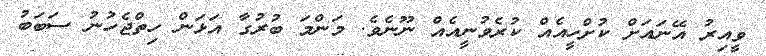
ވީއިރު އޭނައަށް ކުށްހީއެއް ކުރެވުނީއެއް ނޫނެވެ. މަންމަ ބުރުގާ އަޅަން ހިތްޖެހުނު ސަބަބު